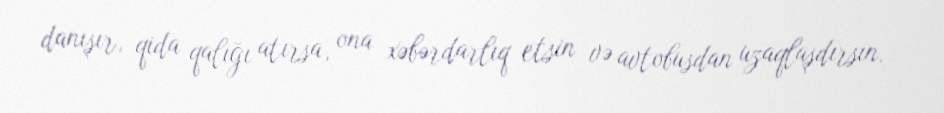
danışır, qida qalığı atırsa, ona xəbərdarlıq etsin və avtobusdan uzaqlaşdırsın.